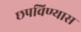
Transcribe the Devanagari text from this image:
छपविण्यास